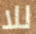
للا